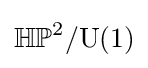
\mathbb {HP} ^{2}/\mathrm {U} (1)